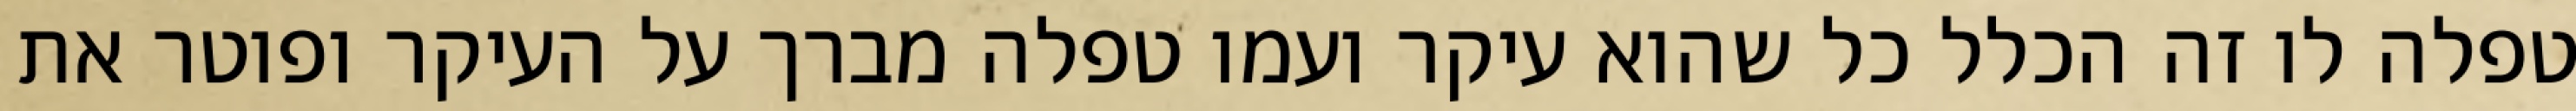
טפלה לו זה הכלל כל שהוא עיקר ועמו טפלה מברך על העיקר ופוטר את